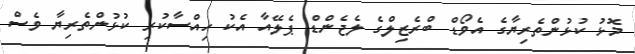
މޮޅު ކުޅުންތެރިޔާގެ އެވޯޑް ބްރެޒިލްގެ ލެޖެންޑް ޕެލޭއާ އެކު ހިއްސާކުރި ކުޅުންތެރިޔާ ވެސް